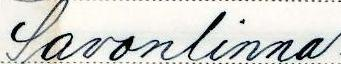
Savonlinna